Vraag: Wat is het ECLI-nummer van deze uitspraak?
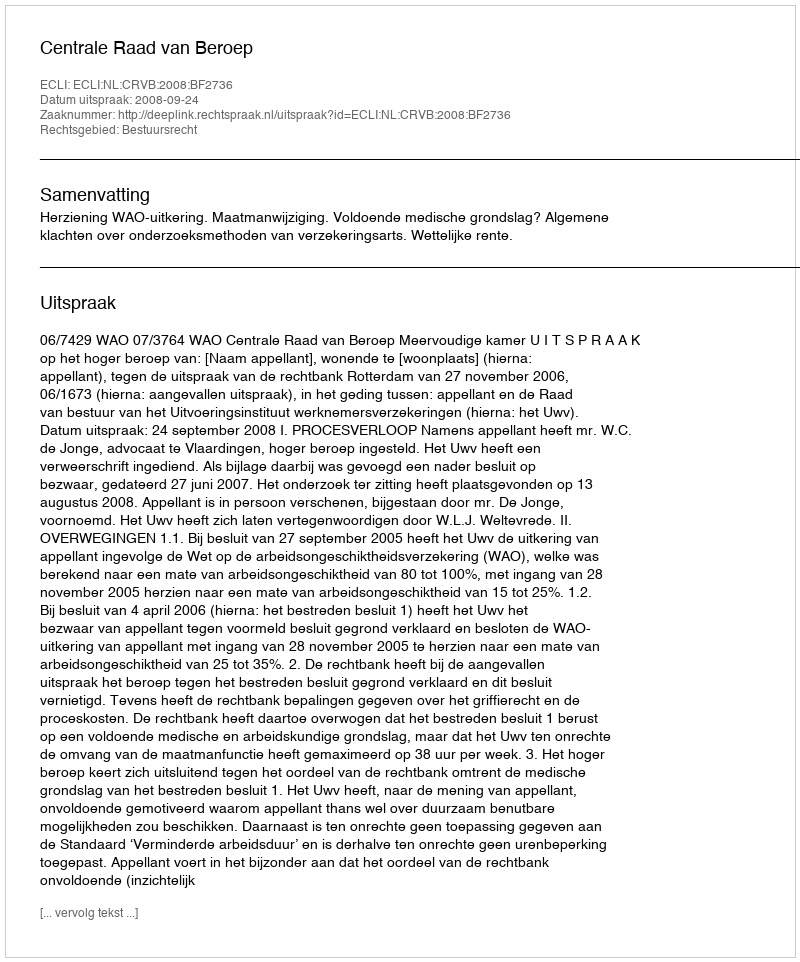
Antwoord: ECLI:NL:CRVB:2008:BF2736